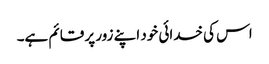
اس کی خدائی خود اپنے زور پر قائم ہے۔